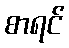
စာရင်